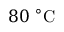
8 0 ~ ^ { \circ } \mathrm { C }